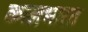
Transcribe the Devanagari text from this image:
कालभारत